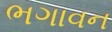
ભગાવન